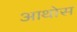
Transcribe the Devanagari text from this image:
आथोस